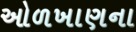
ઓળખાણના